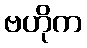
ဗဟိုက